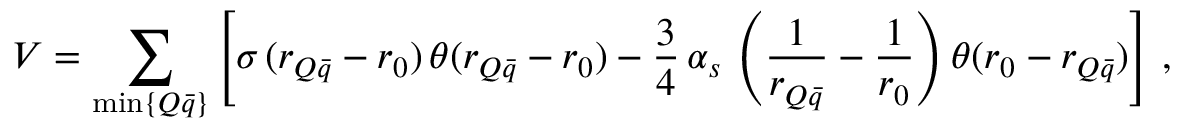
V = \sum _ { \operatorname * { m i n } \{ Q \bar { q } \} } \left[ \sigma \, ( r _ { Q \bar { q } } - r _ { 0 } ) \, \theta ( r _ { Q \bar { q } } - r _ { 0 } ) - \frac { 3 } { 4 } \, \alpha _ { s } \, \left( \frac { 1 } { r _ { Q \bar { q } } } - \frac { 1 } { r _ { 0 } } \right) \theta ( r _ { 0 } - r _ { Q \bar { q } } ) \right] \, ,